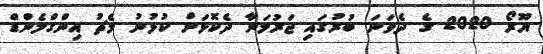
ޔޫރޯ 2020 ގެ ދެވަނަ ބުރުގައި ޖަރުމަނާ ދެކޮޅަށް ކުޅުނު މެޗު އިންގްލެންޑް